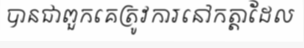
បានជាពួកគេត្រូវការនៅកត្តាដែល